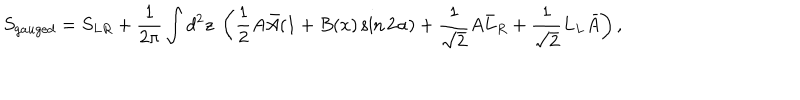
LaTeX: S _ { g a u g e d } = S _ { L R } + \frac { 1 } { 2 \pi } \int d ^ { 2 } z \; \left( \frac { 1 } { 2 } A \bar { A } ( 1 + B ( x ) \sin 2 \alpha ) + \frac { 1 } { \sqrt { 2 } } A \bar { L } _ { R } + \frac { 1 } { \sqrt { 2 } } L _ { L } \bar { A } \right) ,